Civil Veterinary Dept. North-West Frontier Province 1901-22 - 1901-1922
Year: 1901
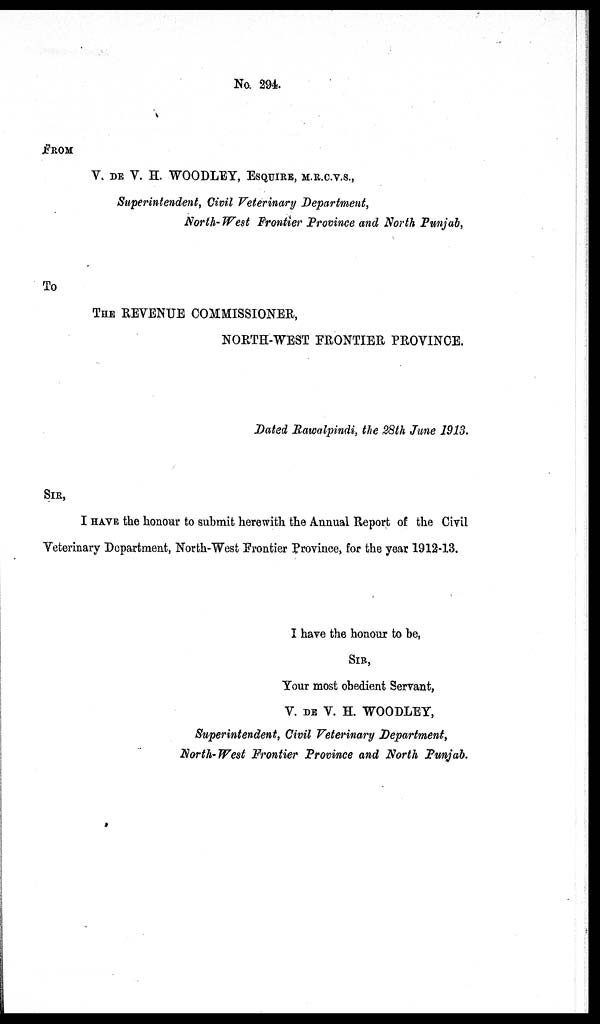
No. 294.
FROM
V. DE V. H. WOODLEY, ESQUIRE, M.R.C.V.S.,
Superintendent, Civil Veterinary Department,
North- West Frontier Province and North Punjab,
To
THE REVENUE COMMISSIONER,
NORTH-WEST FRONTIER PROVINCE.
Dated Rawalpindi, the 28th June 1913.
SIR,
I HAVE the honour to submit herewith the Annual Report of the Civil
Veterinary Department, North-West Frontier Province, for the year 1912-13.
I have the honour to be,
SIR,
Your most obedient Servant,
V. DE V. H. WOODLEY,
Superintendent, Civil Veterinary Department,
North-West Frontier Province and North Punjab.